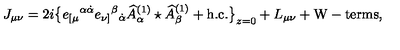
J _ { \mu \nu } = 2 i \big \{ e _ { [ \mu } { } ^ { \alpha \dot { \alpha } } e _ { \nu ] } { } ^ { \beta } { } _ { \dot { \alpha } } \widehat A _ { \alpha } ^ { ( 1 ) } \star \widehat A _ { \beta } ^ { ( 1 ) } + \mathrm { h . c . } \big \} _ { z = 0 } + L _ { \mu \nu } + \mathrm { W - t e r m s } ,